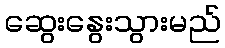
ဆွေးနွေးသွားမည်